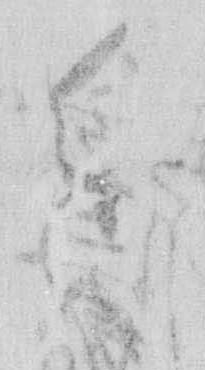
進